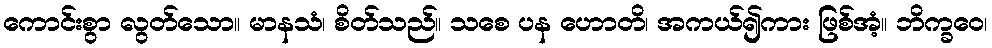
ကောင်းစွာ လွတ်သော။ မာနသံ၊ စိတ်သည်။ သစေ ပန ဟောတိ၊ အကယ်၍ကား ဖြစ်အံ့။ ဘိက္ခဝေ၊